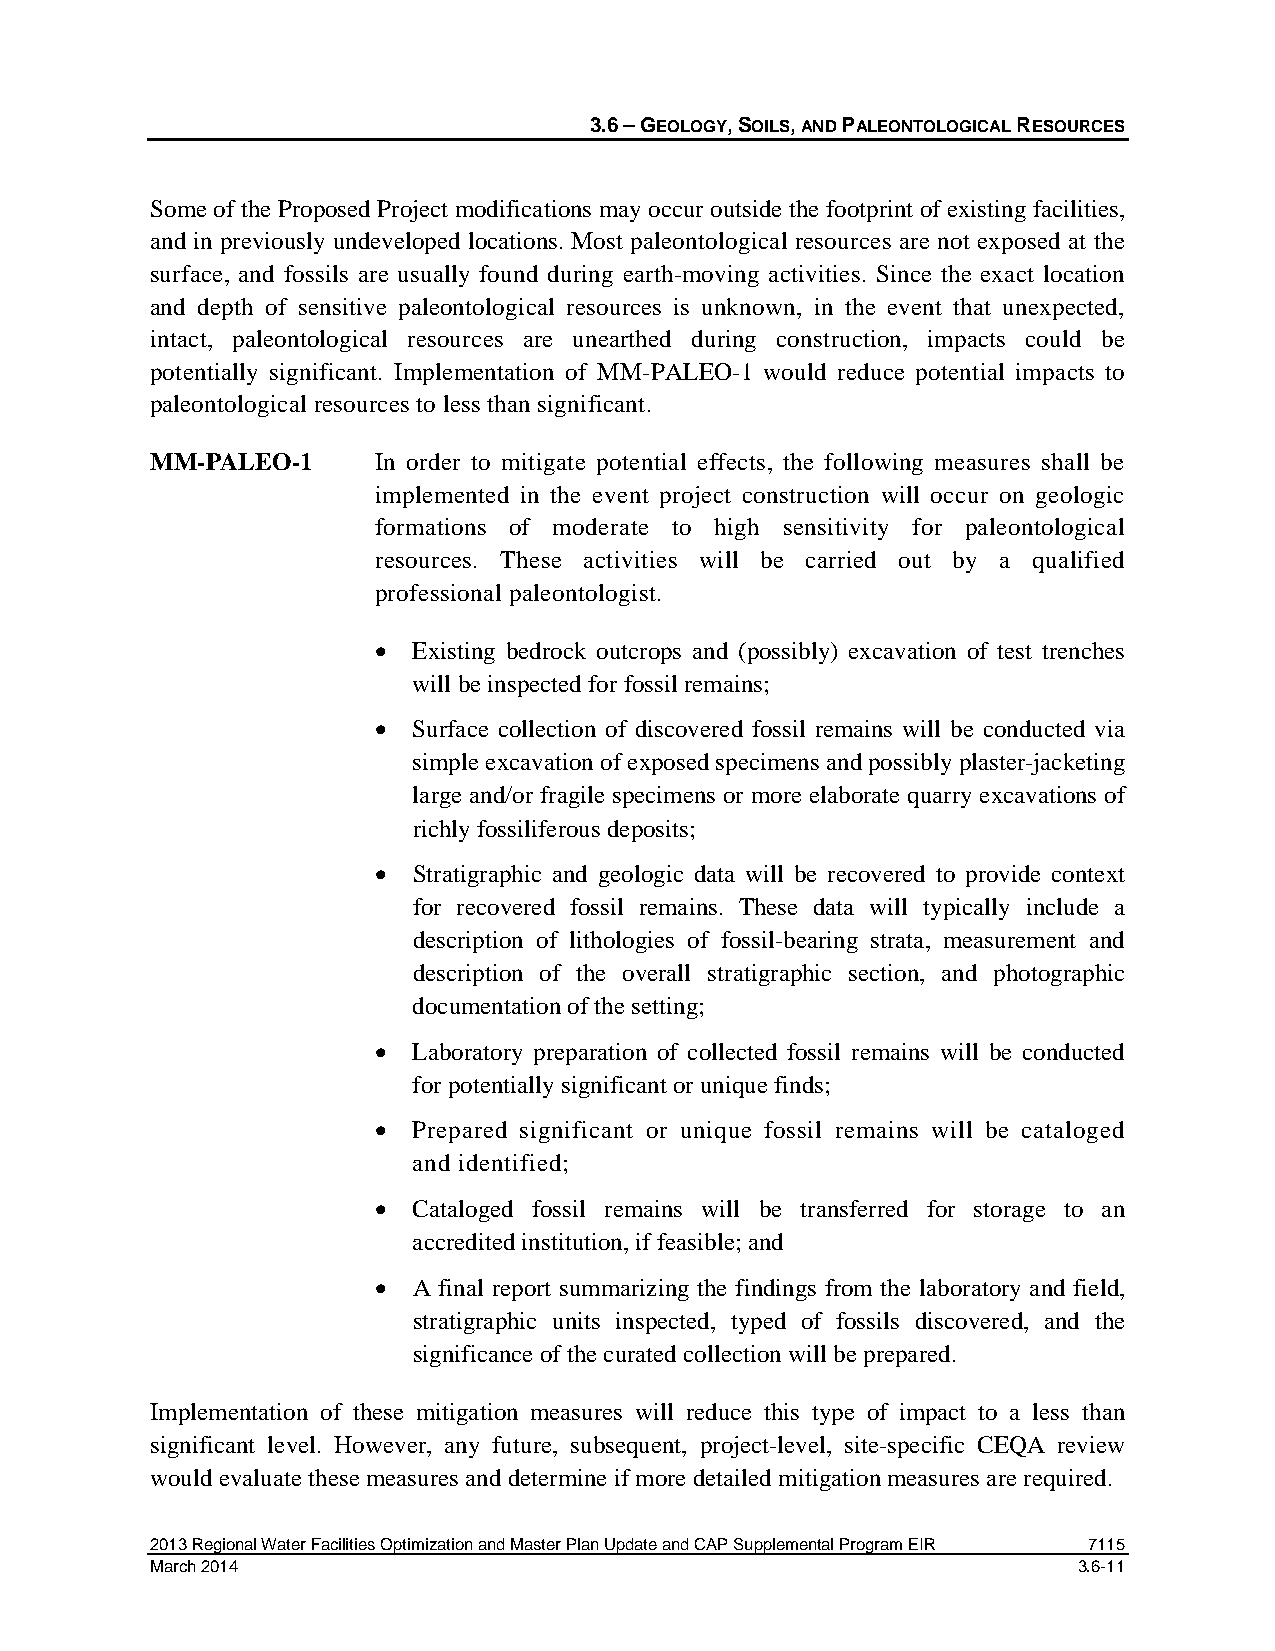
3.6 – GEOLOGY, SOILS, AND PALEONTOLOGICAL RESOURCES
 Some of the Proposed Project modifications may occur outside the footprint of existing facilities,
 and in previously undeveloped locations. Most paleontological resources are not exposed at the
 surface, and fossils are usually found during earth-moving activities. Since the exact location
 and depth of sensitive paleontological resources is unknown, in the event that unexpected,
 intact, paleontological resources are unearthed during construction, impacts could be
 potentially significant. Implementation of MM-PALEO-1 would reduce potential impacts to
 paleontological resources to less than significant.
 MM-PALEO-1     In order to mitigate potential effects, the following measures shall be
 implemented in the event project construction will occur on geologic
 formations of moderate to high sensitivity for paleontological
 resources. These activities will be carried out by a qualified
 professional paleontologist.
 • Existing bedrock outcrops and (possibly) excavation of test trenches
 will be inspected for fossil remains;
 • Surface collection of discovered fossil remains will be conducted via
 simple excavation of exposed specimens and possibly plaster-jacketing
 large and/or fragile specimens or more elaborate quarry excavations of
 richly fossiliferous deposits;
 • Stratigraphic and geologic data will be recovered to provide context
 for recovered fossil remains. These data will typically include a
 description of lithologies of fossil-bearing strata, measurement and
 description of the overall stratigraphic section, and photographic
 documentation of the setting;
 • Laboratory preparation of collected fossil remains will be conducted
 for potentially significant or unique finds;
 • Prepared significant or unique fossil remains will be cataloged
 and identified;
 • Cataloged fossil remains will be transferred for storage to an
 accredited institution, if feasible; and
 • A final report summarizing the findings from the laboratory and field,
 stratigraphic units inspected, typed of fossils discovered, and the
 significance of the curated collection will be prepared.
 Implementation of these mitigation measures will reduce this type of impact to a less than
 significant level. However, any future, subsequent, project-level, site-specific CEQA review
 would evaluate these measures and determine if more detailed mitigation measures are required.
 2013 Regional Water Facilities Optimization and Master Plan Update and CAP Supplemental Program EIR 7115
 March 2014                                                   3.6-11